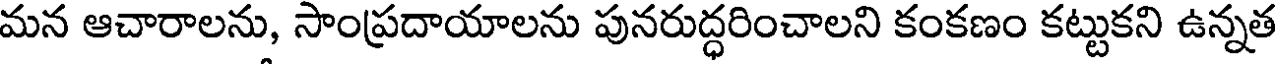
మన ఆచారాలను, సాంప్రదాయాలను పునరుద్ధరించాలని కంకణం కట్టుకని ఉన్నత